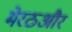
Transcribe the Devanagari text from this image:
मेरठऔर